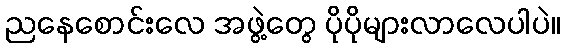
ညနေစောင်းလေ အဖွဲ့တွေ ပိုပိုများလာလေပါပဲ။